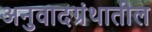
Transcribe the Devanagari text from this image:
अनुवादग्रंथातील